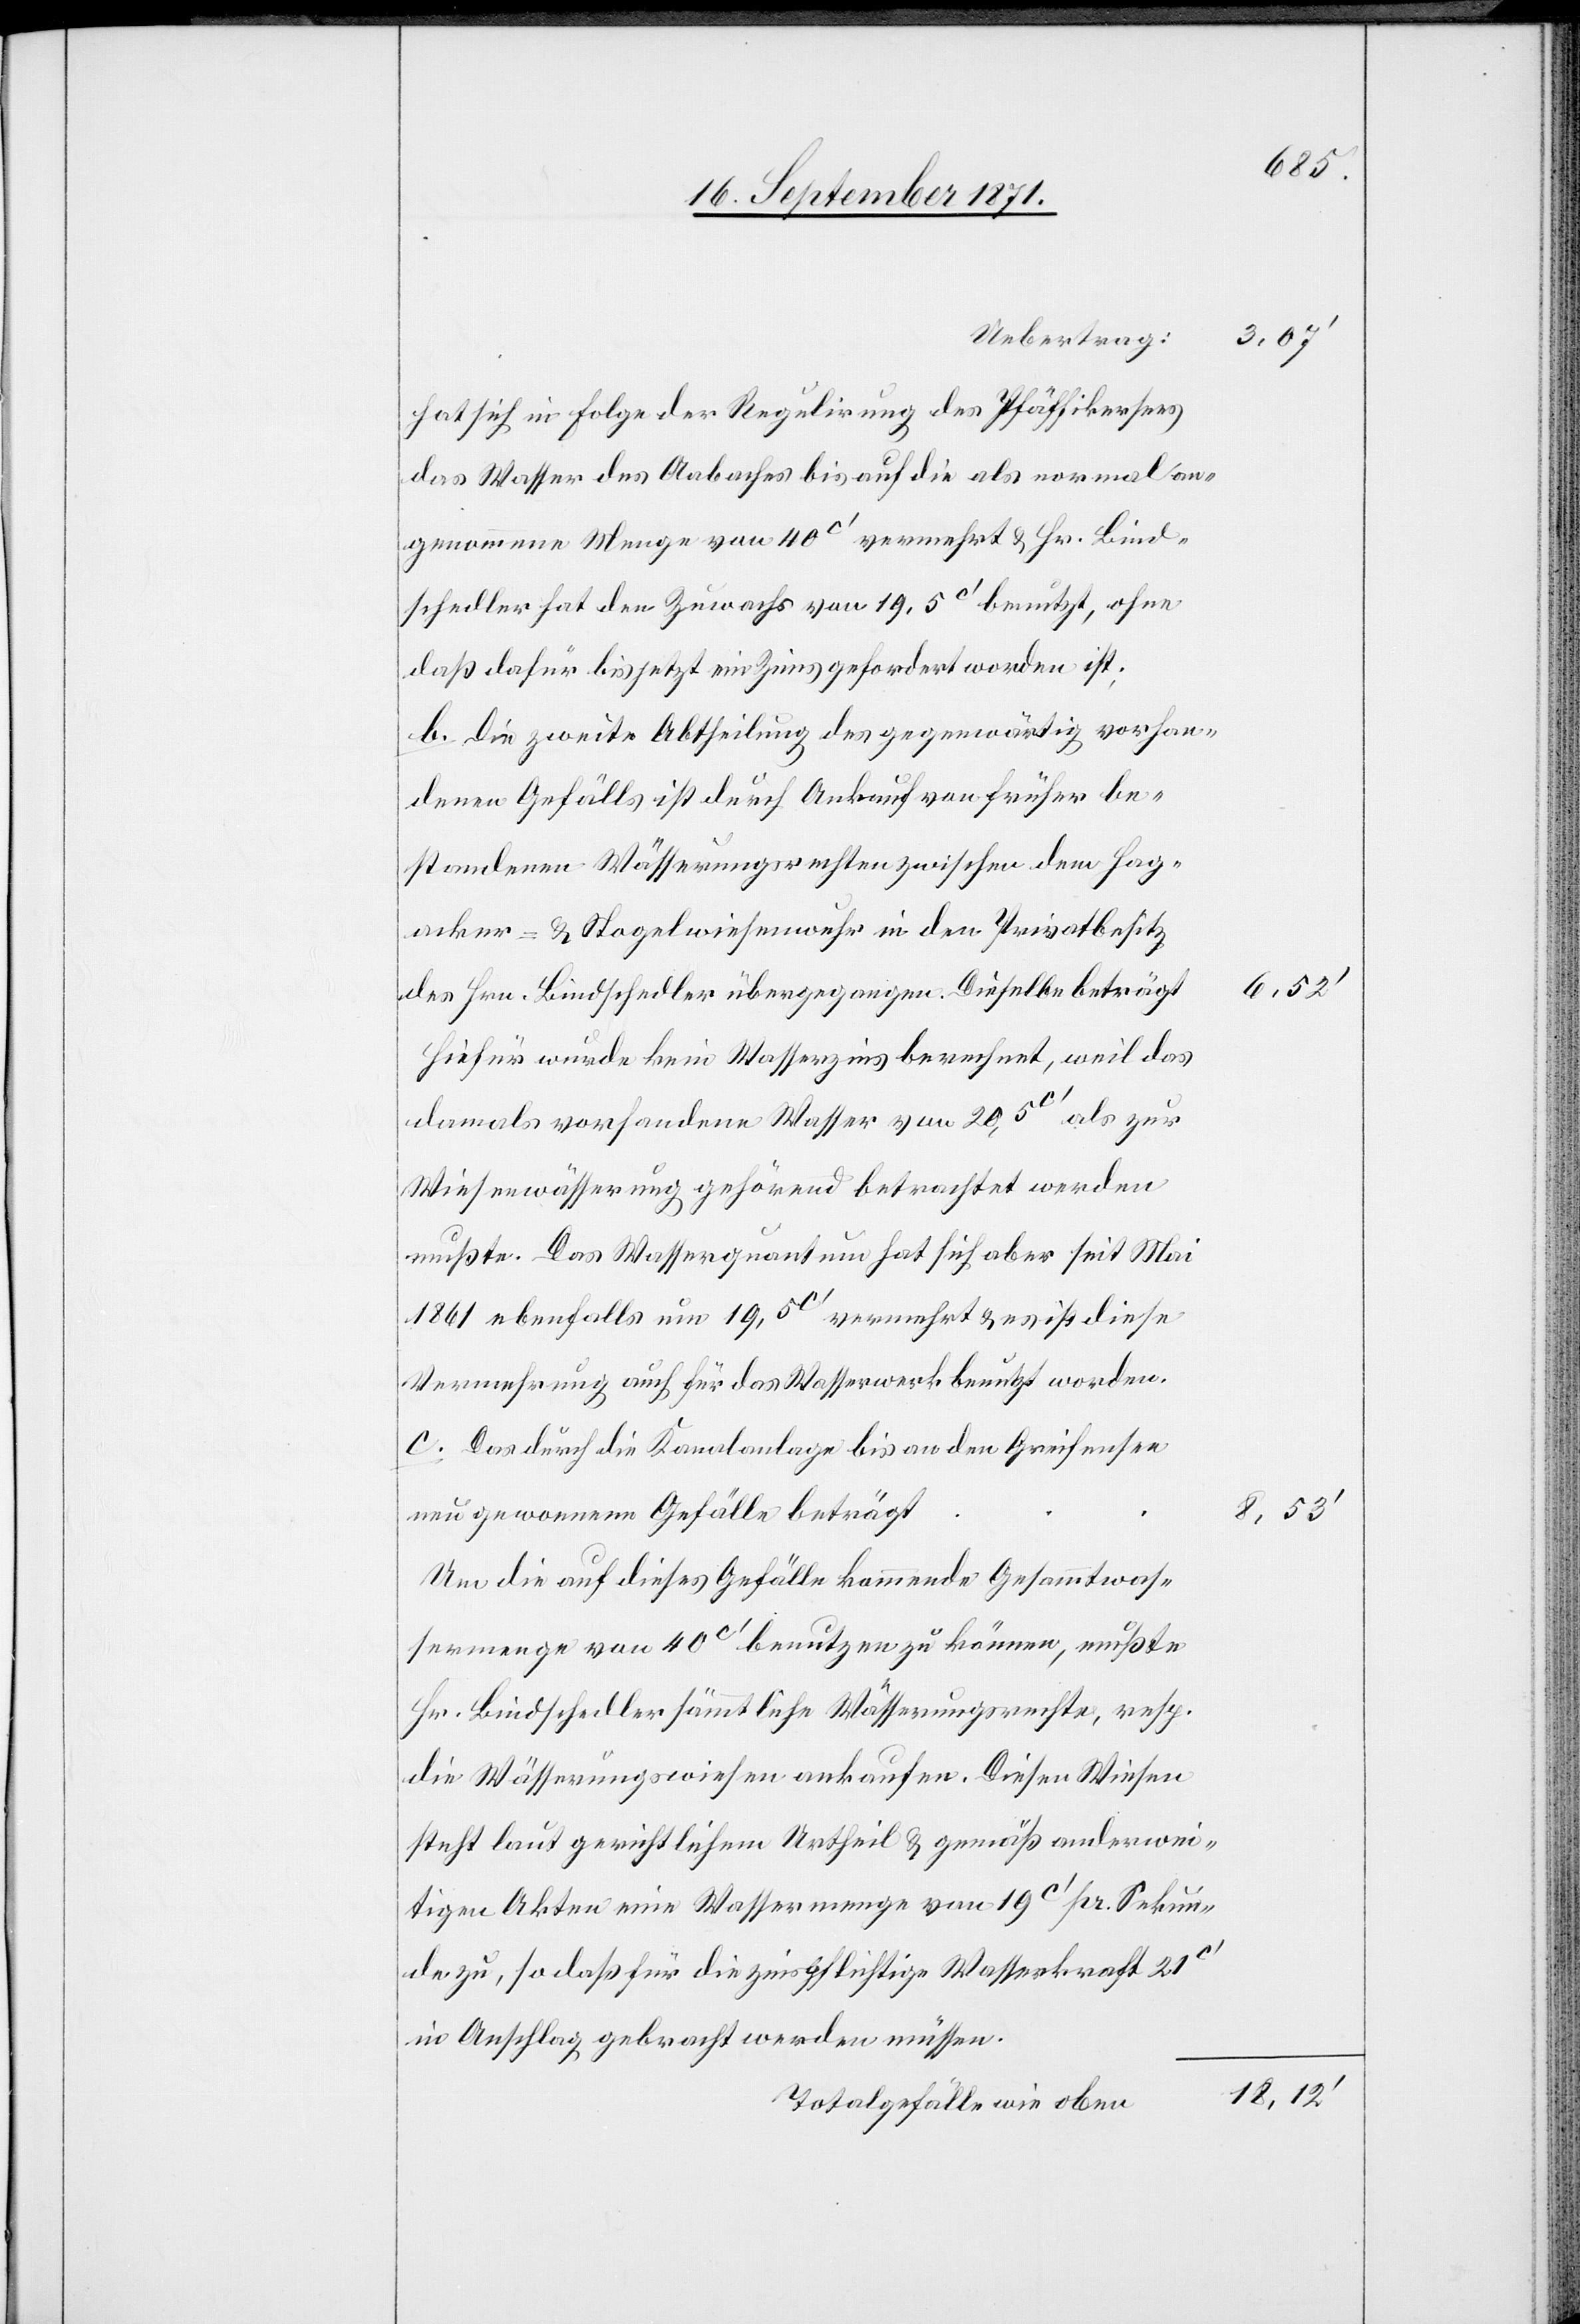
hat sich in Folge der Regulirung des Pfäffikersees
das Wasser des Aabaches bis auf die als normal an¬
genommene Menge von 40c’ vermehrt & Hr. Bind¬
schedler hat den Zuwachs von 19.5c’ ohne
daß dafür bis jetzt ein Zins gefordert worden ist;
b. Die zweite Abtheilung des gegenwärtig vorhan¬
denen Gefälls ist durch Ankauf von früher be¬
standenen Wässerungsrechten zwischen dem Hag¬
acker- & Nagelwiesenwuhr in den Privatbesitz
des Hrn. Bindschedler übergegangen. Dieselbe beträgt
Hirfür wurde kein Wasserzins berechnet, weil das
damals vorhandene Wasser von 20,5c’ als zur
Wiesenwässerung gehörend betrachtet werden
musste. Das Wasserquantum hat sich aber seit Mai
1861 ebenfalls um 19,5c’ vermehrt & es ist diese
Vermehrung auch für das Wasserwerk benutzt worden.
c. Das durch die Kanalanlage bis an den Greifensee
neu gewonnene Gefälle beträgt
Um die auf dieses Gefälle kommende Gesammtwas¬
sermenge von 40c’ benutzen zu können, musste
Hr. Bindschedler sämmtliche Wässerungsrechte, resp.
die Wässerungswiesen ankaufen. Diesen Wiesen
steht laut gerichtlichem Urtheil & gemäß anderwei¬
tigen Akten eine Wassermenge von 19c’ pr. Sekun¬
de zu, sodaß für die zinspflichtige Wasserkraft 21c’
in Anschlag gebracht werden müssen.
Totalgefälle wie oben

6,52’
18,12’